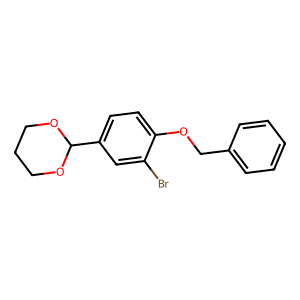
SMILES: Brc1cc(C2OCCCO2)ccc1OCc1ccccc1
Inhibits HIV replication: No